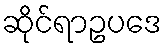
ဆိုင်ရာဥပဒေ